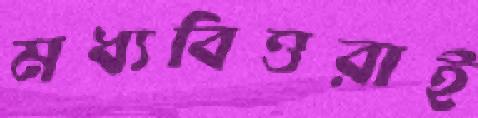
মধ্যবিত্তরাই